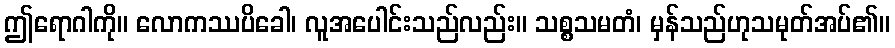
ဤရောဂါကို။ လောကဿပိခေါ၊ လူအပေါင်းသည်လည်း။ သစ္စသမတံ၊ မှန်သည်ဟုသမုတ်အပ်၏။